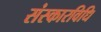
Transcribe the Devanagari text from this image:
संस्कारविधि